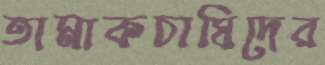
তামাকচাষিদের